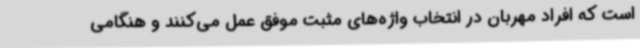
است که افراد مهربان در انتخاب واژه‌های مثبت موفق عمل می‌کنند و هنگامی